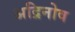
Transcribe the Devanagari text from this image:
अद्रिनोव